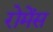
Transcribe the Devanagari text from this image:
रोमेंस